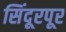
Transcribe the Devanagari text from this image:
सिंदूरपूर